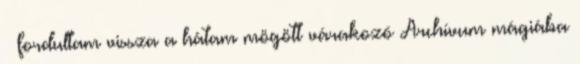
– fordultam vissza a hátam mögött várakozó Archívum mágiába